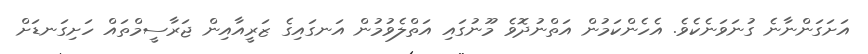
އަށަގަންނާނެ ގުނަވަނެކެވެ. އެހެންކަމުން އަތްނުދޮވެ މޫނުގައި އަތްލެވުމުން އަނގައިގެ ޒަރީއާއިން ޖަރާސީމްތައް ހަށިގަނޑަށް